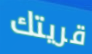
قريتك